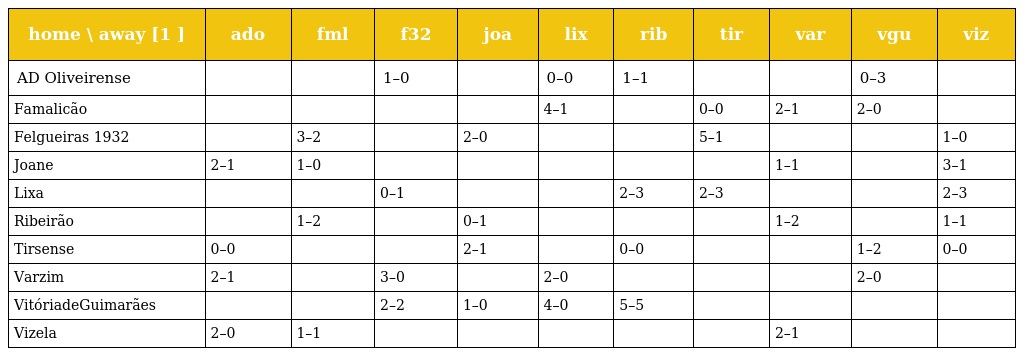
| home \ away [1 ] | ado | fml | f32 | joa | lix | rib | tir | var | vgu | viz |
 | --- | --- | --- | --- | --- | --- | --- | --- | --- | --- | --- |
 | AD Oliveirense |  |  | 1–0 |  | 0–0 | 1–1 |  |  | 0–3 |  |
 | Famalicão |  |  |  |  | 4–1 |  | 0–0 | 2–1 | 2–0 |  |
 | Felgueiras 1932 |  | 3–2 |  | 2–0 |  |  | 5–1 |  |  | 1–0 |
 | Joane | 2–1 | 1–0 |  |  |  |  |  | 1–1 |  | 3–1 |
 | Lixa |  |  | 0–1 |  |  | 2–3 | 2–3 |  |  | 2–3 |
 | Ribeirão |  | 1–2 |  | 0–1 |  |  |  | 1–2 |  | 1–1 |
 | Tirsense | 0–0 |  |  | 2–1 |  | 0–0 |  |  | 1–2 | 0–0 |
 | Varzim | 2–1 |  | 3–0 |  | 2–0 |  |  |  | 2–0 |  |
 | VitóriadeGuimarães |  |  | 2–2 | 1–0 | 4–0 | 5–5 |  |  |  |  |
 | Vizela | 2–0 | 1–1 |  |  |  |  |  | 2–1 |  |  |